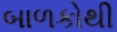
બાળકોથી